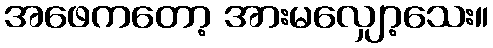
အဖေကတော့ အားမလျှော့သေး။